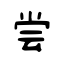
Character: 尝